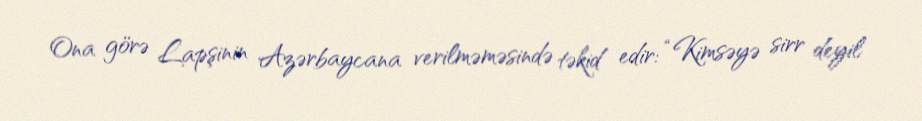
Ona görə Lapşinin Azərbaycana verilməməsində təkid edir: “Kimsəyə sirr deyil